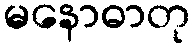
မနောဓာတု